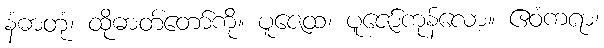
နံဓာတုံ၊ ထိုဓာတ်တော်ကို။ ပူဇေထ၊ ပူဇော်ကုန်လော့။ ဧဝံကရာ၊